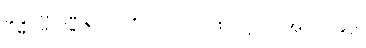
ခန္ဓပဗ္ဗဝဏ္ဏနာ၊ ပဏ်-၁-ပါ-၇၈၊ ဋ္ဌ-ပ-အုပ်-၂၉၁၊